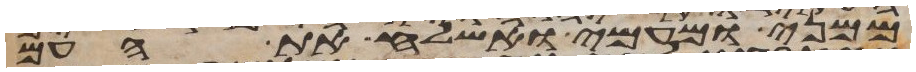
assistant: ממני ומעמי ואשלח את העם